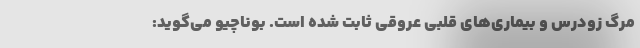
مرگ زودرس و بیماری‌های قلبی عروقی ثابت شده‌ است. بوناچیو می‌گوید: